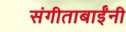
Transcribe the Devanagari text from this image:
संगीताबाईंनी